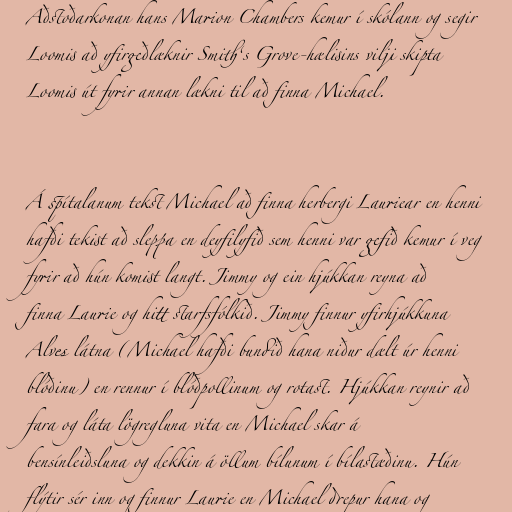
Aðstoðarkonan hans Marion Chambers kemur í skólann og segir
Loomis að yfirgeðlæknir Smith‘s Grove-hælisins vilji skipta
Loomis út fyrir annan lækni til að finna Michael.

Á spítalanum tekst Michael að finna herbergi Lauriear en henni
hafði tekist að sleppa en deyfilyfið sem henni var gefið kemur í veg
fyrir að hún komist langt. Jimmy og ein hjúkkan reyna að
finna Laurie og hitt starfsfólkið. Jimmy finnur yfirhjúkkuna
Alves látna (Michael hafði bundið hana niður dælt úr henni
blóðinu) en rennur í blóðpollinum og rotast. Hjúkkan reynir að
fara og láta lögregluna vita en Michael skar á
bensínleiðsluna og dekkin á öllum bílunum í bílastæðinu. Hún
flýtir sér inn og finnur Laurie en Michael drepur hana og